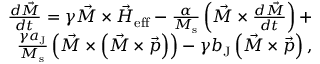
\begin{array} { r } { \frac { d \vec { M } } { d t } = \gamma \vec { M } \times \vec { H } _ { \mathrm { e f f } } - \frac { \alpha } { M _ { \mathrm { s } } } \left( \vec { M } \times \frac { d \vec { M } } { d t } \right) + } \\ { \frac { \gamma a _ { \mathrm { J } } } { M _ { \mathrm { s } } } \left( \vec { M } \times \left( \vec { M } \times \vec { p } \right) \right) - \gamma b _ { \mathrm { J } } \left( \vec { M } \times \vec { p } \right) , } \end{array}